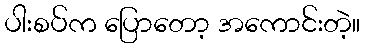
ပါးစပ်က ပြောတော့ အကောင်းတဲ့။